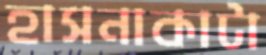
হাসনাকাটা